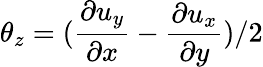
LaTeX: \theta_{z}=(\frac{\partial u_{y}}{\partial x}-\frac{\partial u_{x}}{\partial y})/2